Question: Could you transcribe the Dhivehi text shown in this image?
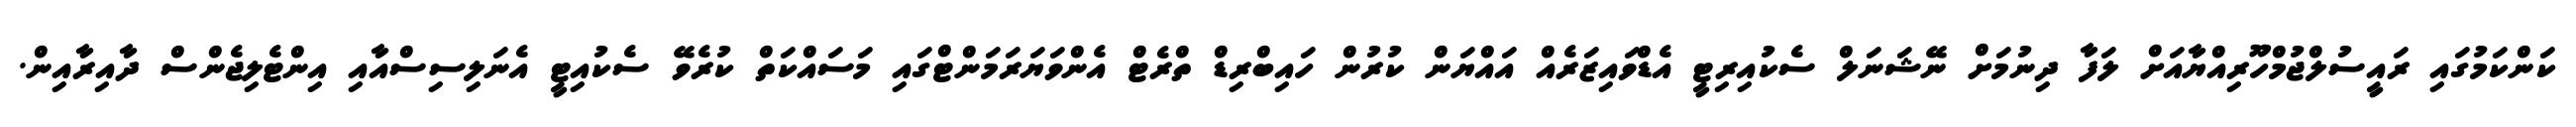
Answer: ކަންކަމުގައި ރައީސުލްޖުމްހޫރިއްޔާއަށް ލަފާ ދިނުމަށް ނޭޝަނަލް ސެކުއިރިޓީ އެޑްވައިޒަރެއް އައްޔަން ކުރުން ހައިބްރިޑް ތްރެޓް އެންވަޔަރަމަންޓްގައި މަސައްކަތް ކުރެވޭ ސެކުއިޓީ އެނަލިސިސްއާއި އިންޓެލިޖެންސް ދާއިރާއިން.